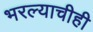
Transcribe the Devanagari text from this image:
भरल्याचीही